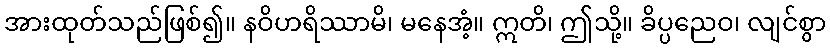
အားထုတ်သည်ဖြစ်၍။ နဝိဟရိဿာမိ၊ မနေအံ့။ ဣတိ၊ ဤသို့။ ခိပ္ပညေဝ၊ လျင်စွာ